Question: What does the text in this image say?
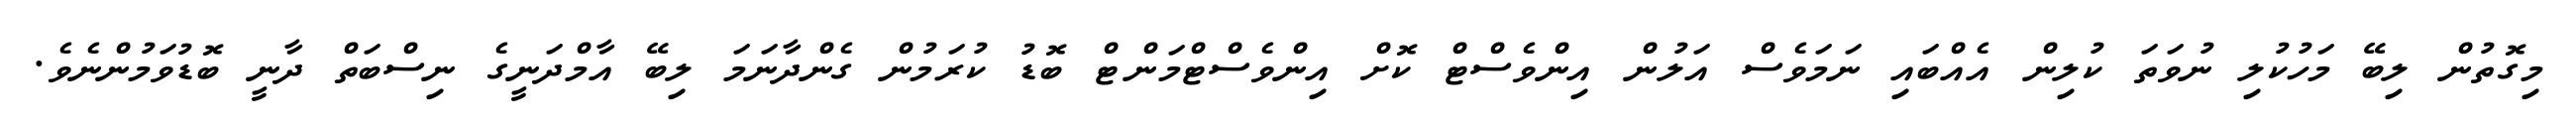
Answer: މިގޮތުން ލިބޭ މަހުކުލި ނުވަތަ ކުލިން އެއްބައި ނަމަވެސް އަލުން އިންވެސްޓް ކޮށް އިންވެސްޓްމަންޓް ބޮޑު ކުރަމުން ގެންދާނަމަ ލިބޭ އާމްދަނީގެ ނިސްބަތް ދާނީ ބޮޑުވަމުންނެވެ.